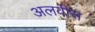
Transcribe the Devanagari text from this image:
अलवीस